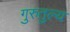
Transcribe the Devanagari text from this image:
गुरुतुल्य